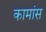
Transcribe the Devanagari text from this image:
कामांस